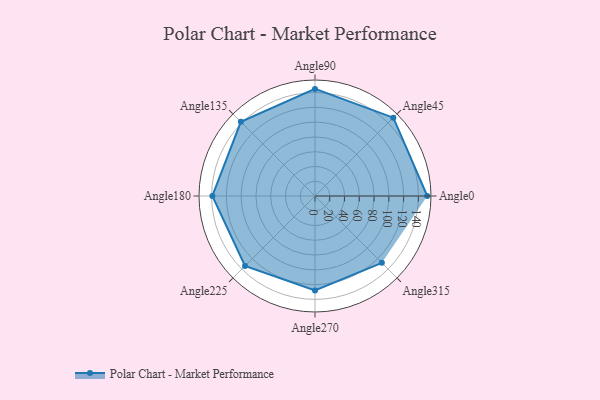
{"axis": {"x": "Angle", "y": "Radius"}, "legend": [""], "data": [{"x": "Angle0", "y": 152.0, "type": ""}, {"x": "Angle45", "y": 150.0, "type": ""}, {"x": "Angle90", "y": 145.0, "type": ""}, {"x": "Angle135", "y": 142.0, "type": ""}, {"x": "Angle180", "y": 139.0, "type": ""}, {"x": "Angle225", "y": 134.0, "type": ""}, {"x": "Angle270", "y": 128.0, "type": ""}, {"x": "Angle315", "y": 128.0, "type": ""}]}